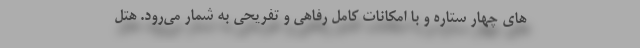
‌های چهار ستاره و با امکانات کامل رفاهی و تفریحی به شمار می‌رود. هتل